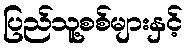
ပြည်သူ့စစ်များနှင့်